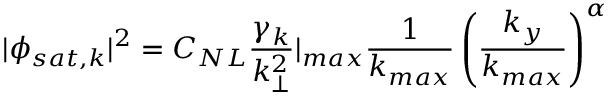
| \phi _ { s a t , k } | ^ { 2 } = C _ { N L } \frac { \gamma _ { k } } { k _ { \perp } ^ { 2 } } | _ { m a x } \frac { 1 } { k _ { m a x } } \left( \frac { k _ { y } } { k _ { m a x } } \right) ^ { \alpha }